Mental hospitals Bombay report 1929-33 - 1929-1933
Year: 1929
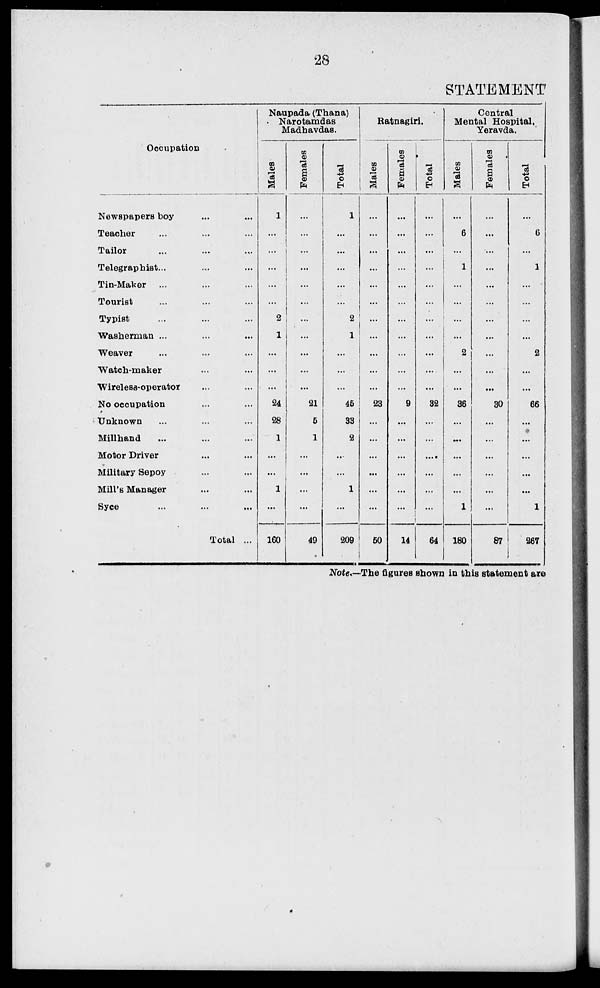
28
STATEMENT
Occupation
Newspapers boy ... ...
Teacher ... ... ...
Tailor ... ... ...
Telegraphist ... ...
Tin-Maker ... ... ...
Tourist ... ... ...
Typist ... ... ...
Washerman ... ... ...
Weaver ... ... ...
Watch-maker ... ...
Wireless-operator ... ...
No occupation ... ...
Unknown ... ... ...
Millhand ... ... ...
Motor Driver ... ...
Military Sepoy ... ...
Mill's Manager ... ...
Syce ... ... ...
Total ...
Naupada (Thana)
Narotamdas
Madhavdas.
Males
1
...
...
...
...
...
2
1
...
...
...
24
28
1
...
...
1
...
160
Females
...
...
...
...
...
...
...
...
...
...
...
21
6
1
...
...
...
...
49
Total
1
...
...
...
...
...
2
1
...
...
...
45
33
2
...
...
1
...
209
Ratnagiri.
Males
...
...
...
...
...
...
...
...
...
...
...
23
...
...
...
...
...
...
50
Females
...
...
...
...
...
...
...
...
...
...
...
9
...
...
...
...
...
...
14
Total
...
...
...
...
...
...
...
...
...
...
...
32
...
...
....
...
...
...
64
Central
Mental Hospital,
Yeravda.
Males
...
6
...
1
...
...
...
...
2
...
...
36
...
...
...
...
...
1
180
Females
...
...
...
...
...
...
...
...
...
...
...
30
...
...
...
...
...
...
87
Total
...
6
...
1
...
...
...
...
2
...
...
66
...
...
...
...
...
1
267
Note.—The figures shown in this statement are